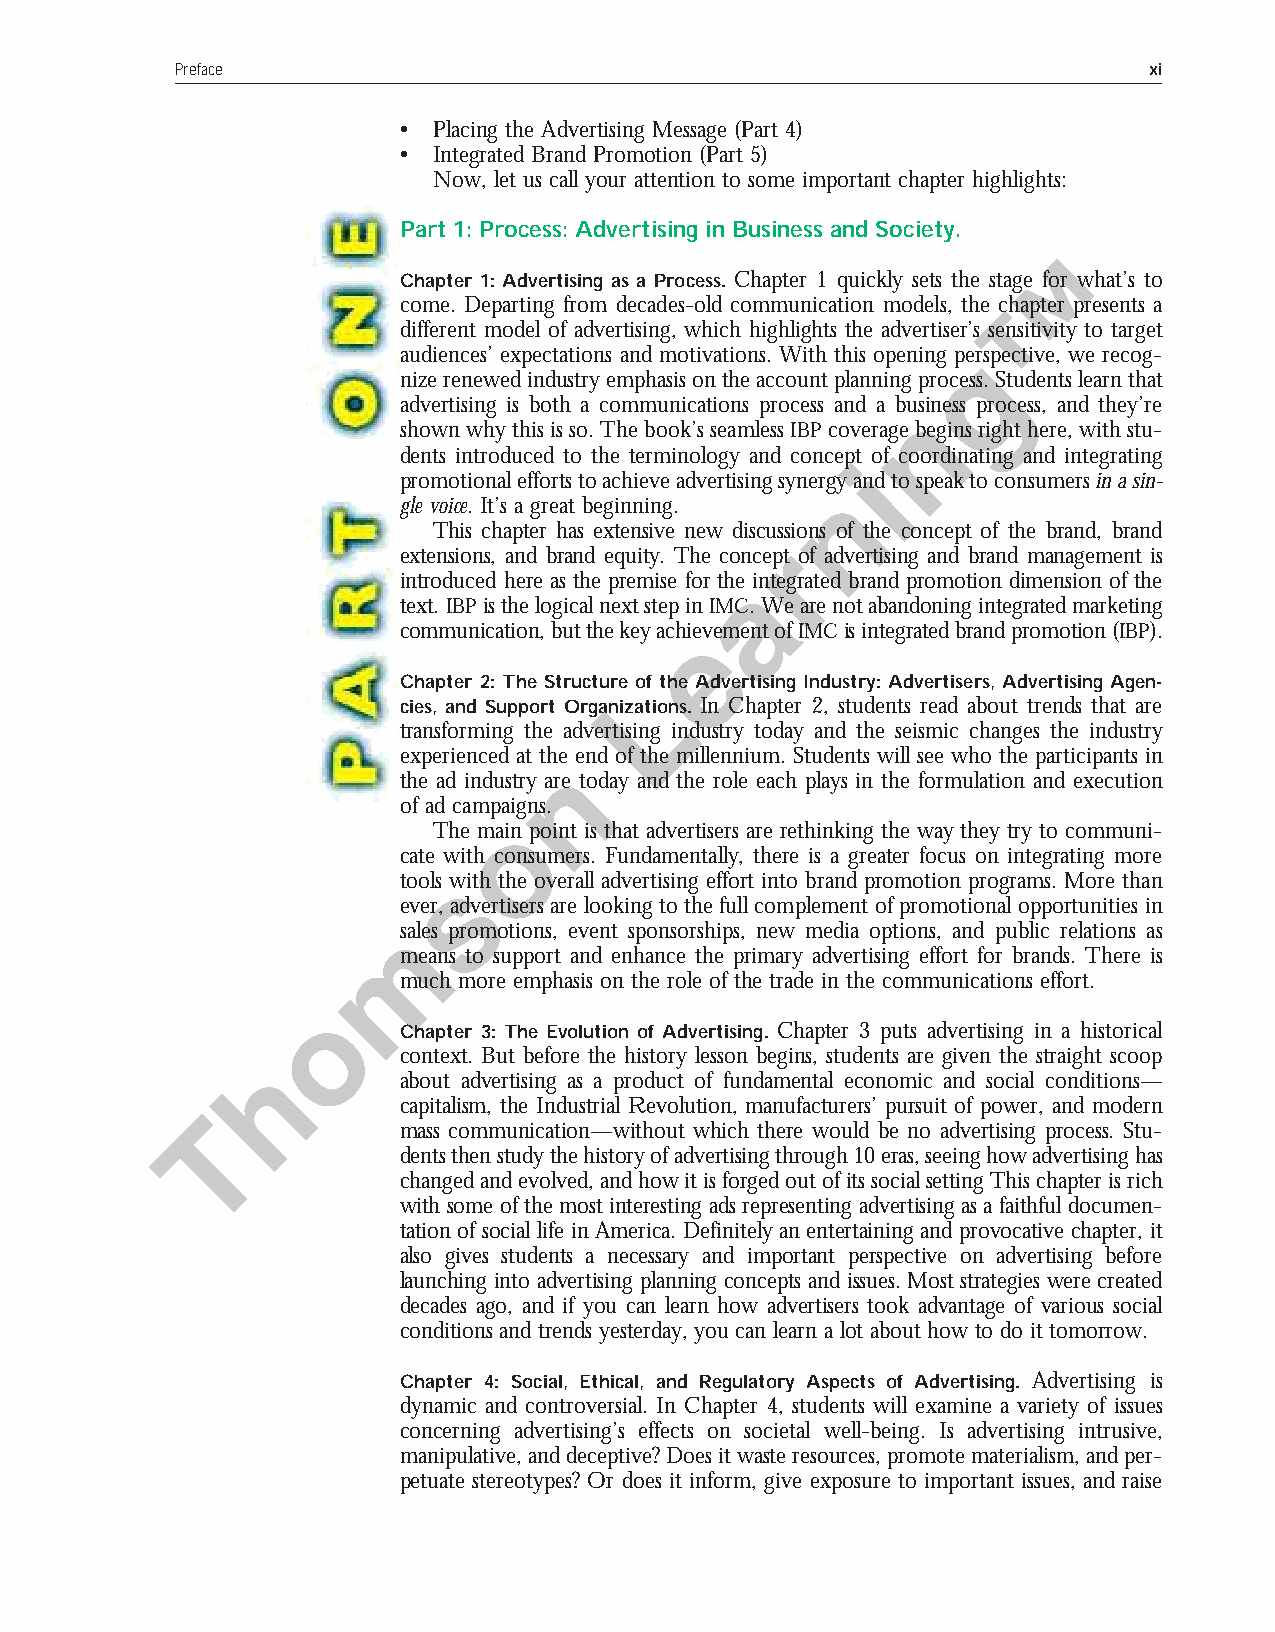
Preface                                                         xi
 •  Placing the Advertising Message (Part 4)
 •  Integrated Brand Promotion (Part 5)
 Now, let us call your attention to some important chapter highlights:
 Part 1: Process: Advertising in Business and Society.
 Chapter 1: Advertising as a Process. Chapter 1 quickly sets the stage for what’s to
 come. Departing from decades-old communication models, the chapter presents a
 different model of advertising, which highlights the advertiser’s sensitivity to target
 audiences’ expectations and motivations. With this opening perspective, we recog-
 nize renewed industry emphasis on the account planning process. Students learn that
 advertising is both a communications process and a business process, and they’re
 shown why this is so. The book’s seamless IBP coverage begins right here, with stu-
 dents introduced to the terminology and concept of coordinating and integrating
 promotional efforts to achieve advertising synergy and to speak to consumers in a sin-
 gle voice. It’s a great beginning.
 This chapter has extensive new discussions of the concept of the brand, brand
 extensions, and brand equity. The concept of advertising and brand management is
 introduced here as the premise for the integrated brand promotion dimension of the
 text. IBPis the logical next step in IMC. We are not abandoning integrated marketing
 communication, but the key achievement of IMCis integrated brand promotion (IBP).
 Chapter 2: The Structure of the Advertising Industry: Advertisers, Advertising Agen-
 cies, and Support Organizations. In Chapter 2, students read about trends that are
 transforming the advertising industry today and the seismic changes the industry
 experienced at the end of the millennium. Students will see who the participants in
 the ad industry are today and the role each plays in the formulation and execution
 of ad campaigns.
 The main point is that advertisers are rethinking the way they try to communi-
 cate with consumers. Fundamentally, there is a greater focus on integrating more
 tools with the overall advertising effort into brand promotion programs. More than
 ever, advertisers are looking to the full complement of promotional opportunities in
 sales promotions, event sponsorships, new media options, and public relations as
 means to support and enhance the primary advertising effort for brands. There is
 much more emphasis on the role of the trade in the communications effort.
 Chapter 3: The Evolution of Advertising. Chapter 3 puts advertising in a historical
 context. But before the history lesson begins, students are given the straight scoop
 about advertising as a product of fundamental economic and social conditions—
 capitalism, the Industrial Revolution, manufacturers’ pursuit of power, and modern
 mass communication—without which there would be no advertising process. Stu-
 dents then study the history of advertising through 10 eras, seeing how advertising has
 changed and evolved, and how it is forged out of its social setting This chapter is rich
 with some of the most interesting ads representing advertising as a faithful documen-
 tation of social life in America. Definitely an entertaining and provocative chapter, it
 also gives students a necessary and important perspective on advertising before
 launching into advertising planning concepts and issues. Most strategies were created
 decades ago, and if you can learn how advertisers took advantage of various social
 conditions and trends yesterday, you can learn a lot about how to do it tomorrow.
 Chapter 4: Social, Ethical, and Regulatory Aspects of Advertising. Advertising is
 dynamic and controversial. In Chapter 4, students will examine a variety of issues
 concerning advertising’s effects on societal well-being. Is advertising intrusive,
 manipulative, and deceptive? Does it waste resources, promote materialism, and per-
 petuate stereotypes? Or does it inform, give exposure to important issues, and raise